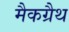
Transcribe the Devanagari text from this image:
मैकग्रैथ